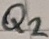
Text: Q2